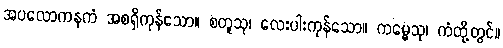
အပလောကနကံ အစရှိကုန်သော။ စတူသု၊ လေးပါးကုန်သော။ ကမ္မေသု၊ ကံတို့တွင်။